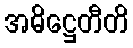
အဓိဋ္ဌေတီတိ